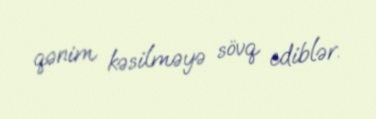
qənim kəsilməyə sövq ediblər.